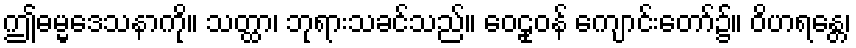
ဤဓမ္မဒေသနာကို။ သတ္ထာ၊ ဘုရားသခင်သည်။ ဝေဠုဝန် ကျောင်းတော်၌။ ဝိဟရန္တေ၊